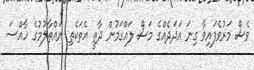
ވެސް މަރުވެފައިވާ ގިނަ އަދަދެއްގެ މަސް ލައްގަމުން ދާތީ އެތަކެތި ނައްތާލުމުގެ ހާއްސަ